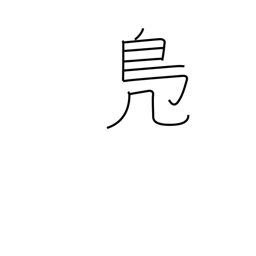
Meaning: wild duck